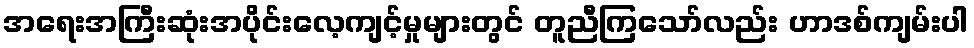
အရေးအကြီးဆုံးအပိုင်းလေ့ကျင့်မှုများတွင် တူညီကြသော်လည်း ဟာဒစ်ကျမ်းပါ